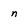
Character: n